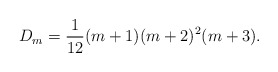
\begin{align*}D_m = \frac{1}{12}(m+1)(m+2)^{2}(m+3).\end{align*}